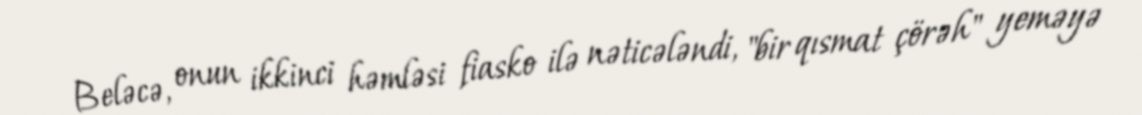
Beləcə, onun ikkinci həmləsi fiasko ilə nəticələndi, "bir qısmat çörəh" yeməyə